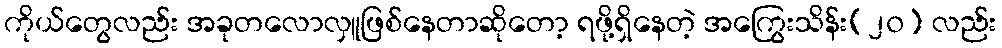
ကိုယ်တွေလည်း အခုတလောလှူဖြစ်နေတာဆိုတော့ ရဖို့ရှိနေတဲ့ အကြွေးသိန်း(၂၀) လည်း